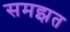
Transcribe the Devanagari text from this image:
समझत